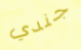
جندي